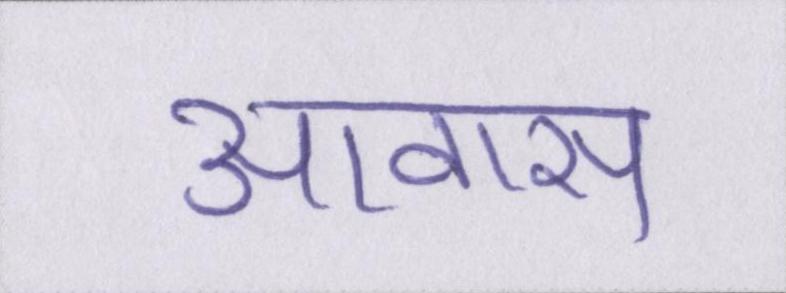
आवास